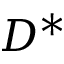
D ^ { * }